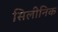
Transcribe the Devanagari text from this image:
सिलीनिक